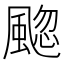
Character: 䬍